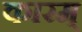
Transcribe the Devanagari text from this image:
कारम्